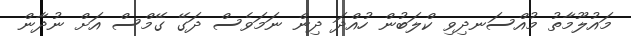
މައުލޫމާތު މުއްސަނދިވި ކްލަބުން ހުއްދަ ދިން ނަމަވެސް ދަގޭ ގޭމްސް އަށް ނުދާން